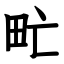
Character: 甿